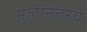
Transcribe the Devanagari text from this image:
मुलींनंतरचे